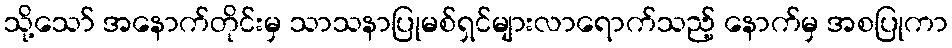
သို့သော် အနောက်တိုင်းမှ သာသနာပြုမစ်ရှင်များလာရောက်သည့် နောက်မှ အစပြုကာ